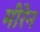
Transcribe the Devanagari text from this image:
मीरेन